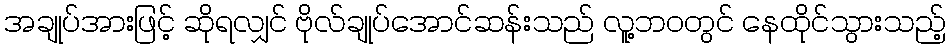
အချုပ်အားဖြင့် ဆိုရလျှင် ဗိုလ်ချုပ်အောင်ဆန်းသည် လူ့ဘဝတွင် နေထိုင်သွားသည့်